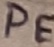
Text: PE